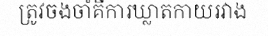
ត្រូវចងចាំគឺការឃ្លាតកាយរវាង